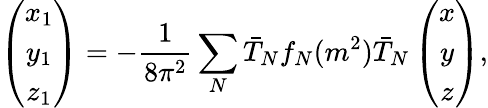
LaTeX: \left(\begin{array}{c}{{x_{1}}}\\ {{y_{1}}}\\ {{z_{1}}}\end{array}\right)=-\frac{1}{8\pi^{2}}\sum_{N}\bar{T}_{N}f_{N}(m^{2})\bar{T}_{N}\left(\begin{array}{c}{{x}}\\ {{y}}\\ {{z}}\end{array}\right),